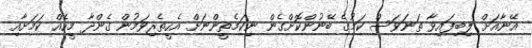
އޭނާއަށް ލިބިފައިވާ ތަނަވަސް ކަމުގެ ބޭނުންކޮށްގެން ނިކަމެތީންނަށް އެހީތެރިވަމުން ގެންދާ މީހެއް ކަމަށާއި